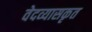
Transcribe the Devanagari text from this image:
वेदव्यासकृत